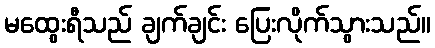
မထွေးရီသည် ချက်ချင်း ပြေးလိုက်သွားသည်။